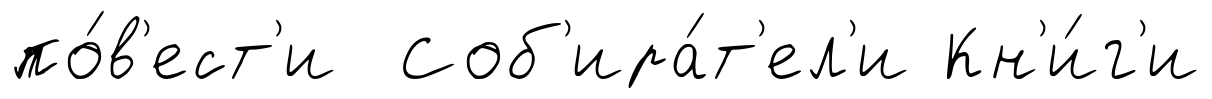
по́в'ест'и Соб'ира́т'ел'и Кн'и́г'и